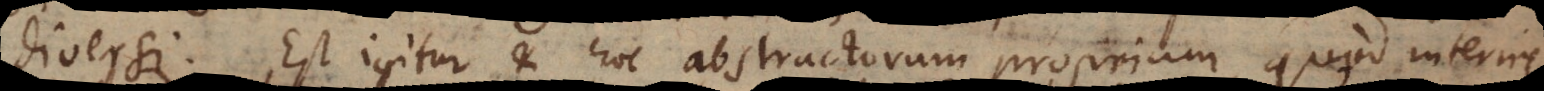
diversi. Est igitur et hoc abstractorum proprium, quod interire